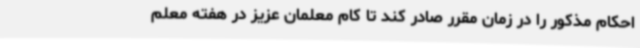
احکام مذکور را در زمان مقرر صادر کند تا کام معلمان عزیز در هفته معلم